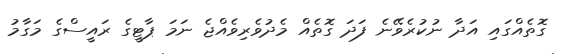
ގޮތެއްގައި އަދާ ނުކުރެވޭނެ ފަދަ ގޮތެއް މެދުވެރިވެއްޖެ ނަމަ ޕާޓީގެ ރައީސްގެ މަގާމު